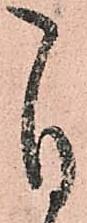
自